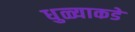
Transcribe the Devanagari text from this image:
धुळ्याकडे